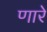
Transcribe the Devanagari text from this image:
णारे